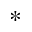
^ \ast